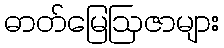
ဓာတ်မြေဩဇာများ